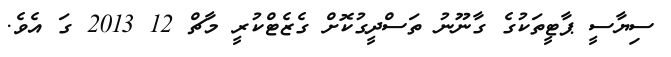
ސިޔާސީ ޕާޓީތަކުގެ ގާނޫނު ތަސްދީގުކޮށް ގެޒެޓްކުރީ މާޗް 12 2013 ގަ އެވެ.